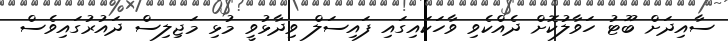
ސާއިދަށް ބޫޓު ހަވާލުކޮށް ދެއްކެވި ވާހަކައިގައި ފައިސަލް ވިދާޅުވީ މުޅި މަޖިލިސް ދައުރުގައިވެސް